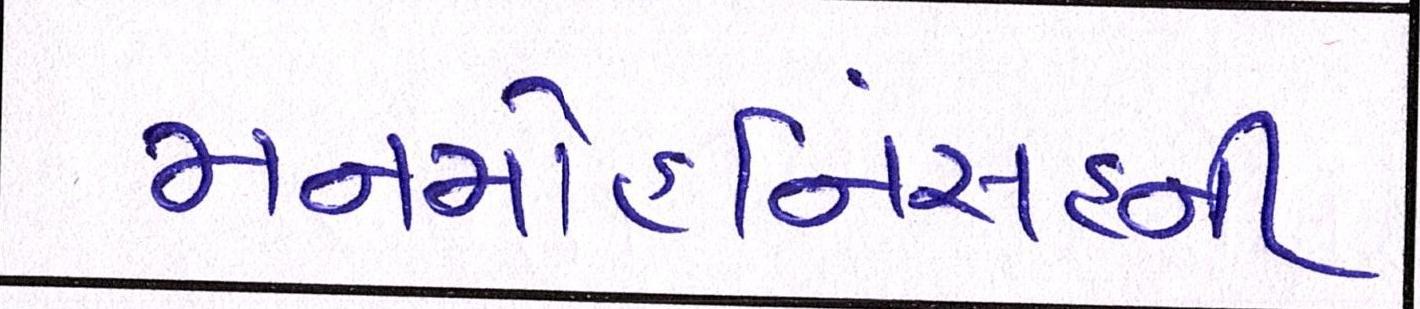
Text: મનમોહનિંસહની